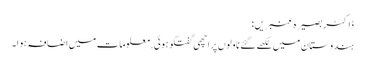
ڈاکٹر بصیرہ عنبریں:
ہندوستان میں لکھے گئے ناولوں پر اچھی گفتگو ہوئی. معلومات میں اضافہ ہوا۔